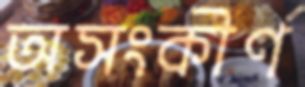
অসংকীর্ণ